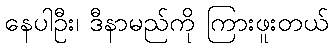
နေပါဦး၊ ဒီနာမည်ကို ကြားဖူးတယ်